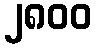
၂၈၀၀